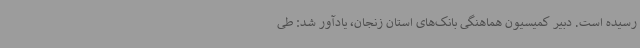
رسیده است. دبیر کمیسیون هماهنگی بانک‌های استان زنجان، یادآور شد: طی